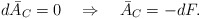
\begin{align*} d\bar{A}_C = 0 \quad \Rightarrow \quad \bar{A}_C = -dF.\end{align*}